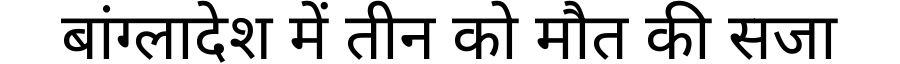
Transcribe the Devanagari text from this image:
बांग्लादेश में तीन को मौत की सजा